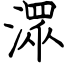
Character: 潀